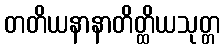
တတိယနာနာတိတ္ထိယသုတ္တ